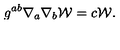
g ^ { a b } \nabla _ { a } \nabla _ { b } { \cal W } = c { \cal W } .